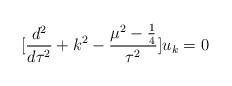
LaTeX: \begin{align*}[\frac{d^2}{d\tau^2}+k^2-\frac{\mu^2-\frac{1}{4}}{\tau^2}]u_k=0\end{align*}